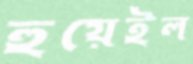
হুয়েইল